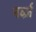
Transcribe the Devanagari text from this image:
नर्व्ज़